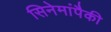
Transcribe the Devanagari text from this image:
सिनेमांपैकी